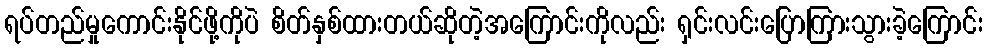
ရပ်တည်မှုကောင်းနိုင်ဖို့ကိုပဲ စိတ်နှစ်ထားတယ်ဆိုတဲ့အကြောင်းကိုလည်း ရှင်းလင်းပြောကြားသွားခဲ့ကြောင်း